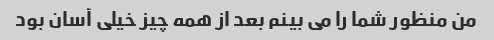
من منظور شما را می بینم بعد از همه چیز خیلی آسان بود